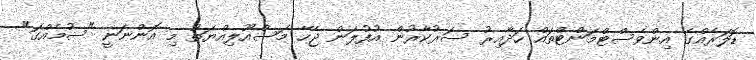
ޑޮލަރެއްގެ އިންވެސްޓްމަންޓްތައް ހަދާއިރު ސަރުކާރުން އުފުލަން ޖެހޭ މަސްއޫލިއްޔަތު މި އޮންނަނީ "ސުމެއްގަ"